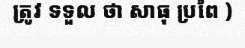
ត្រូវ ទទួល ថា សាធុ ប្រពៃ )